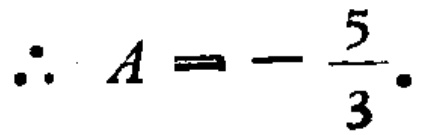
\(\therefore A = - \frac{5}{3}.\)